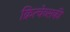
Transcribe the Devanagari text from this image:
क्रित्चेव्सकी